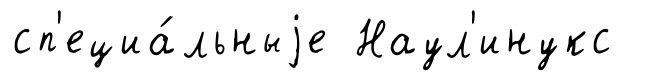
сп'ециа́льныjе Наул'инукс